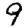
Digit: 9